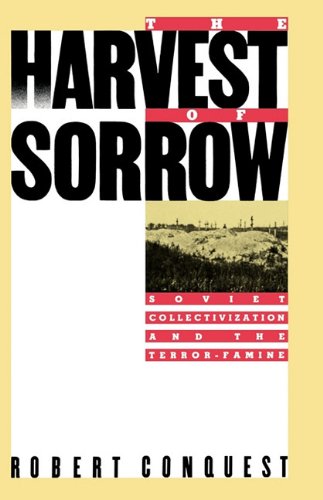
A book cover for The Harvest of Sorrow: Soviet Collectivization and the Terror-Famine; Robert Conquest; Travel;